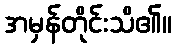
အမှန်တိုင်းသိ၏။